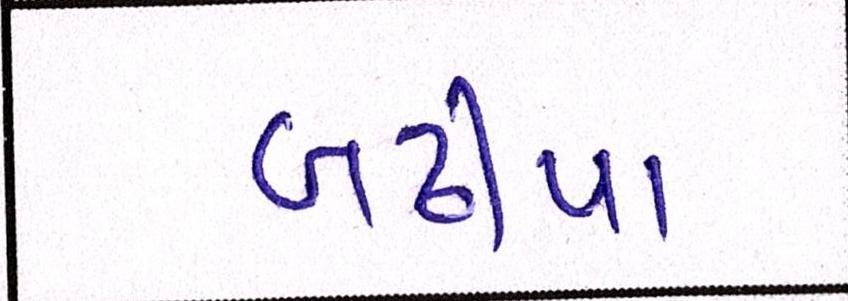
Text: બઢીયા